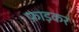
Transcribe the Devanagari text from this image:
फ़ाड़कर